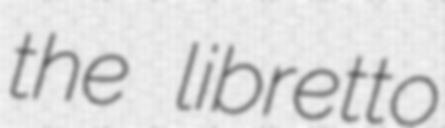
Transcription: the libretto